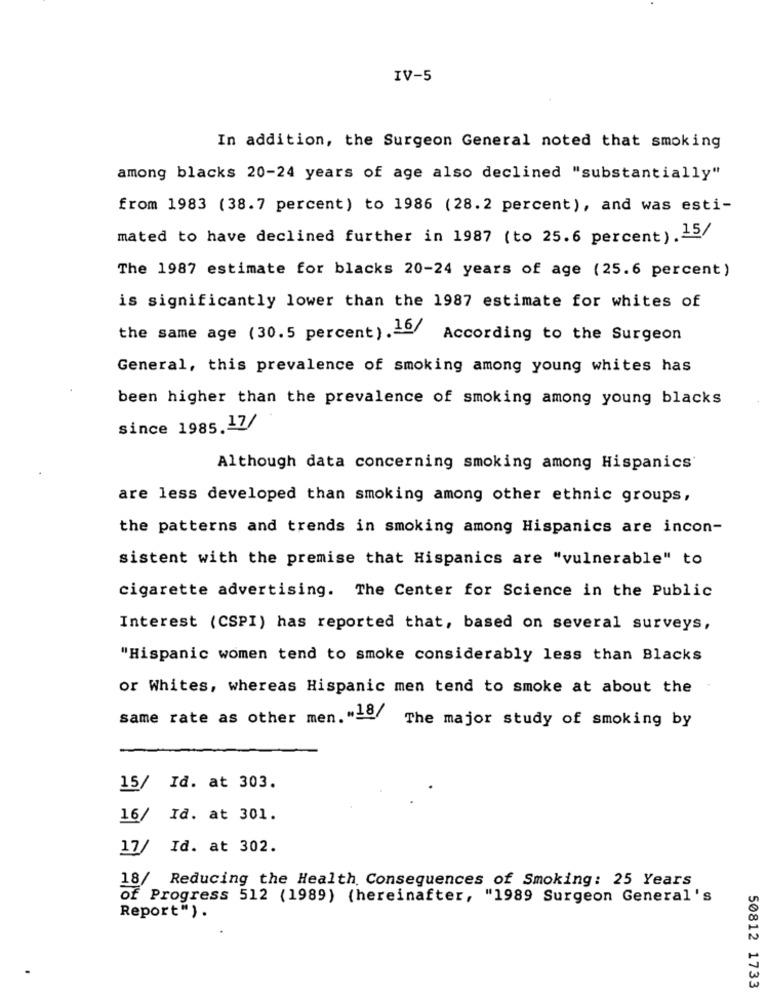
IV-5
In addition, the Surgeon General noted that smoking
among blacks 20-24 years of age also declined "substantially"
from 1983 (38.7 percent) to 1986 (28.2 percent), and was esti-
mated to have declined further in 1987 (to 25.6 percent) . 15/
The 1987 estimate for blacks 20-24 years of age (25.6 percent)
is significantly lower than the 1987 estimate for whites of
the same age (30.5 percent).40/ According to the Surgeon
General, this prevalence of smoking among young whites has
been higher than the prevalence of smoking among young blacks
since 1985.17/
Although data concerning smoking among Hispanics
are less developed than smoking among other ethnic groups,
the patterns and trends in smoking among Hispanics are incon-
sistent with the premise that Hispanics are "vulnerable" to
cigarette advertising. The Center for Science in the Public
Interest (CSPI) has reported that, based on several surveys,
"Hispanic women tend to smoke considerably less than Blacks
or Whites, whereas Hispanic men tend to smoke at about the
same rate as other men. "18/
The major study of smoking by
15/ Id. at 303.
16/ Id. at 301.
17/ Id. at 302.
18/ Reducing the Health Consequences of Smoking: 25 Years
of Progress 512 (1989) (hereinafter, "1989 Surgeon General's
Report" ) .
50812 1733